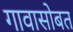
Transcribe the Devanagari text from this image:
गावासोबत